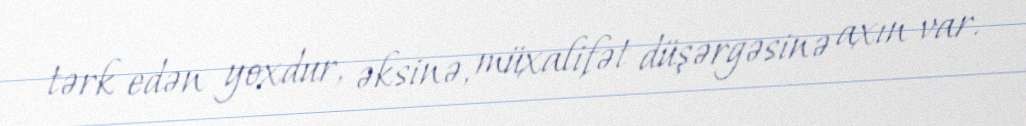
tərk edən yoxdur, əksinə, müxalifət düşərgəsinə axın var.